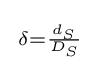
{\begin{smallmatrix}{\delta }={\frac {d_{S}}{D_{S}}}\end{smallmatrix}}